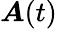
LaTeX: \boldsymbol A(t)